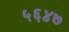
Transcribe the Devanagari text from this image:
५६४७